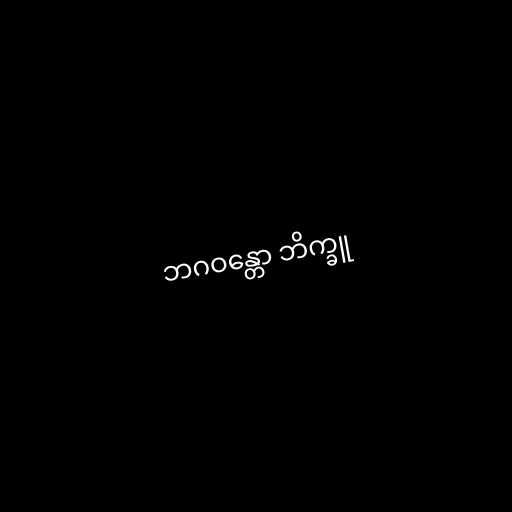
ဘဂဝန္တော ဘိက္ခူ